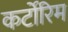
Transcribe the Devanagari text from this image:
कर्टोरिम